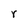
Character: r